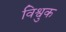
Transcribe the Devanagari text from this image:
विश्वुक